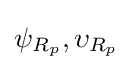
\psi _{R_{p}},\upsilon _{R_{p}}